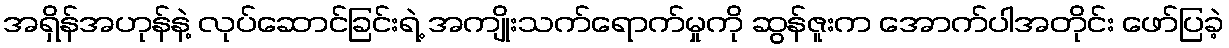
အရှိန်အဟုန်နဲ့ လုပ်ဆောင်ခြင်းရဲ့ အကျိုးသက်ရောက်မှုကို ဆွန်ဇူးက အောက်ပါအတိုင်း ဖော်ပြခဲ့